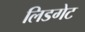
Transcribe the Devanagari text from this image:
लिडगेट